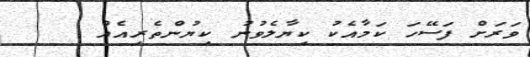
ވަރަށް ފަސޭހަ ކަމާއެކު ކިޔާލެވުނު ކިޔުންތެރިއެއް